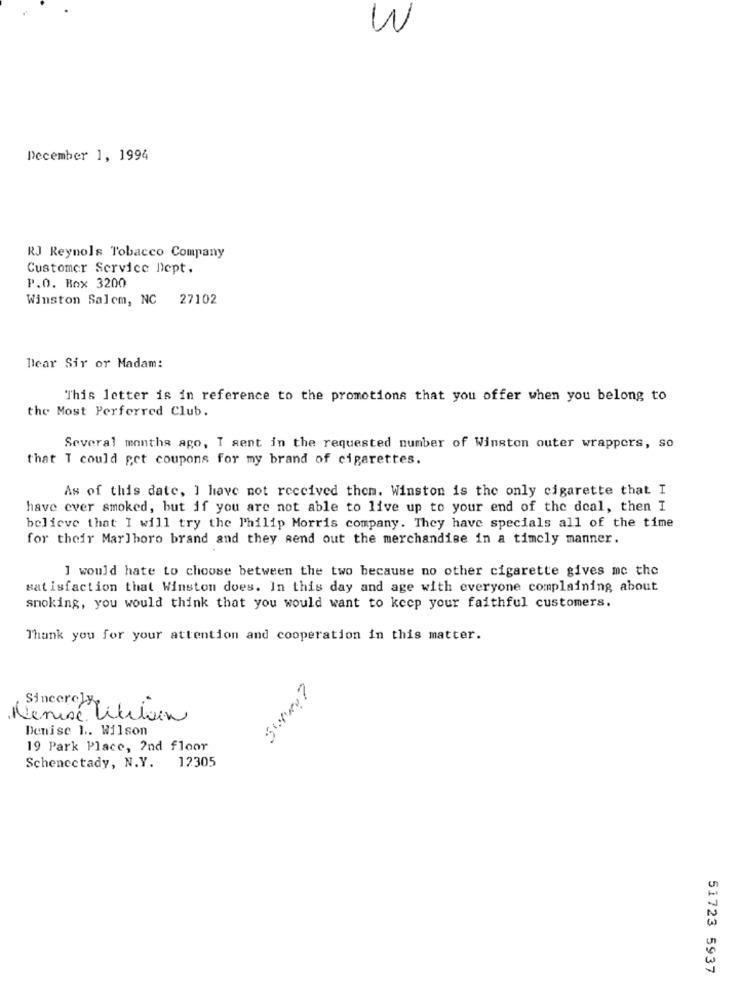
W
December 1, 1994
RJ Reynols Tobacco Company
Customer Service Dept.
P.O. Box 3200
Winston Salem, NC 27102
Dear Sir or Madam:
This letter is in reference to the promotions that you offer when you belong to
the Most Perferred Club.
Several months ago, T sent in the requested number of Winston outer wrappers, so
that I could get coupons for my brand of cigarettes.
As of this date, I have not received them. Winston is the only cigarette that I
have ever smoked, but if you are not able to live up to your end of the deal, then I
believe that I will try the Philip Morris company. They have specials all of the time
for their Marlboro brand and they send out the merchandise in a timely manner.
I would hate to choose between the two because no other cigarette gives me the
satisfaction that Winston does. In this day and age with everyone complaining about
smoking, you would think that you would want to keep your faithful customers.
Thank you for your attention and cooperation in this matter.
Sincerely
Nenisé Whilein
Denise 1. Wilson
LAMME
19 Park Place, 2nd floor
Schenectady, N.Y. 12305
51723 5937